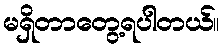
မရှိတာတွေ့ရပါတယ်။